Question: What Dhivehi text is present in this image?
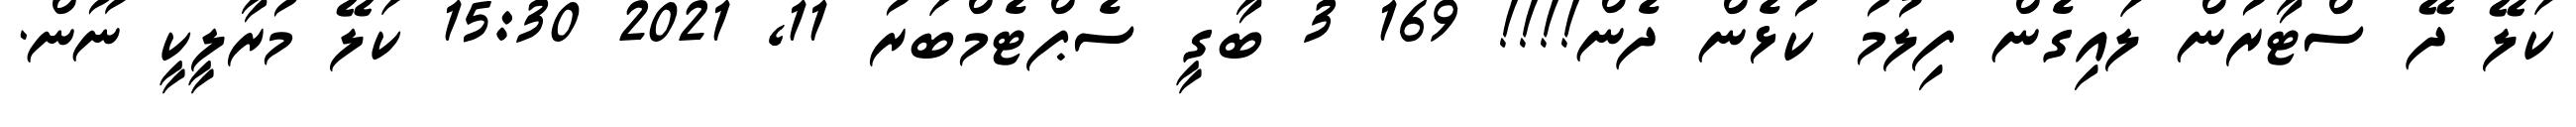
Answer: ކަލޭ ދޭ ސްޓާރުން ލައިގެން ފިލުމު ކުޅެން ދެން!!!! 169 3 ބާގީ ސެޕްޓެމްބަރު 11, 2021 15:30 ކަލޭ މުރާލީކީ ނޫން.